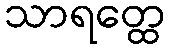
သာရတ္ထေ